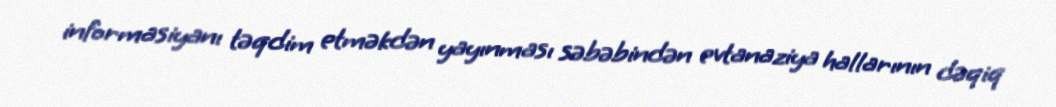
informasiyanı təqdim etməkdən yayınması səbəbindən evtanaziya hallarının dəqiq